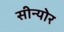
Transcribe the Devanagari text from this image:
सीन्योर